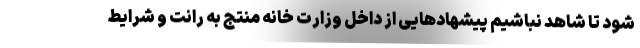
شود تا شاهد نباشیم پیشهادهایی از داخل وزارت خانه منتج به رانت و شرایط